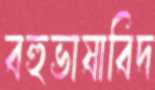
বহুভাষাবিদ